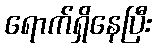
ရောက်ရှိနေပြီး